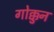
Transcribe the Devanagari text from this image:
गोक्कुन